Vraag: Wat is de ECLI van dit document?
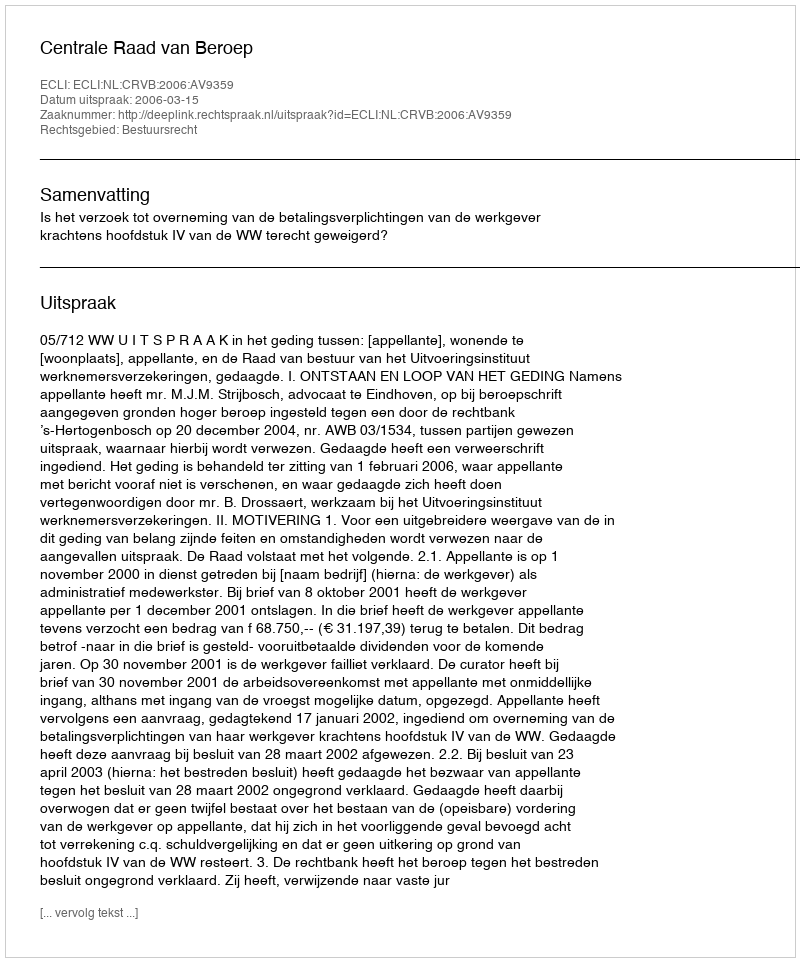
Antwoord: ECLI:NL:CRVB:2006:AV9359